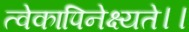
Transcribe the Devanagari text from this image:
त्वेकापिनेक्ष्यते।।